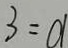
3 = d